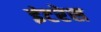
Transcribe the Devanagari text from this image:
इंटरेस